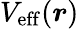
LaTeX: V_{\mathrm{eff}}(\boldsymbol{r})